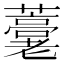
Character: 𧂕